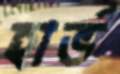
হার্ভ